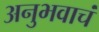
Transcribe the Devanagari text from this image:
अनुभवाचं